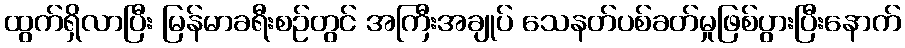
ထွက်ရှိလာပြီး မြန်မာခရီးစဉ်တွင် အကြီးအချုပ် သေနတ်ပစ်ခတ်မှုဖြစ်ပွားပြီးနောက်